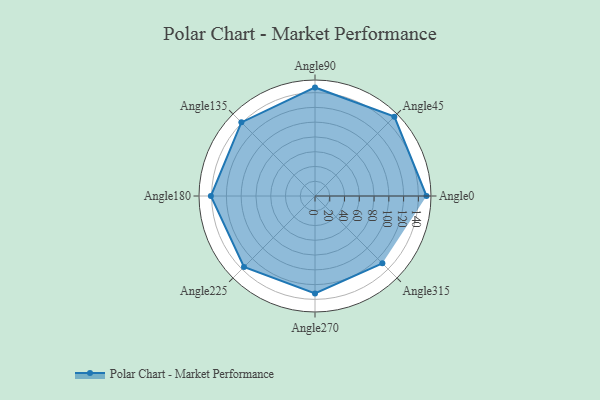
{"axis": {"x": "Angle", "y": "Radius"}, "legend": [""], "data": [{"x": "Angle0", "y": 151.0, "type": ""}, {"x": "Angle45", "y": 152.0, "type": ""}, {"x": "Angle90", "y": 147.0, "type": ""}, {"x": "Angle135", "y": 141.0, "type": ""}, {"x": "Angle180", "y": 141.0, "type": ""}, {"x": "Angle225", "y": 136.0, "type": ""}, {"x": "Angle270", "y": 132.0, "type": ""}, {"x": "Angle315", "y": 129.0, "type": ""}]}